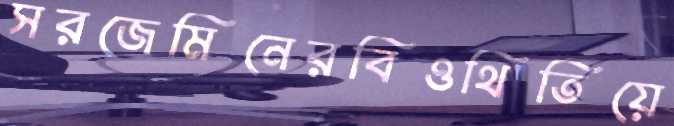
সরজেমিনেরবিওথিতিয়ে